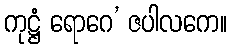
ကုဋ္ဌံ ရောဂေ’ ဇပါလကေ။